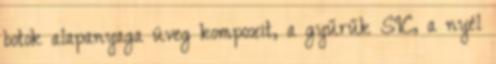
botok alapanyaga üveg kompozit, a gyűrűk SIC, a nyél